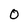
Character: 0